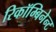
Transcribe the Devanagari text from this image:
रिकॉम्बिनेन्ट